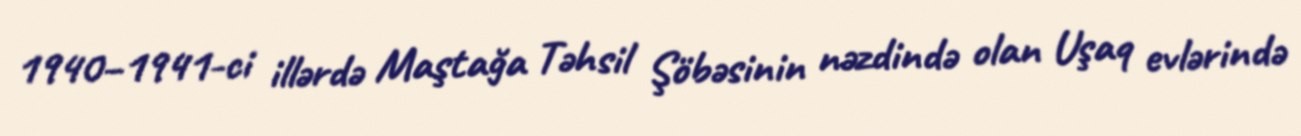
1940–1941-ci illərdə Maştağa Təhsil Şöbəsinin nəzdində olan Uşaq evlərində